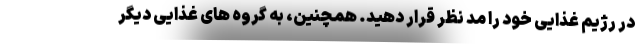
در رژیم غذایی خود را مد نظر قرار دهید. همچنین، به گروه های غذایی دیگر